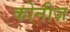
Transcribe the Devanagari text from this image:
कोनीज़